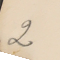
2